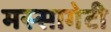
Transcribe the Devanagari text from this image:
मस्सागेटी